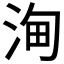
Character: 𣵦